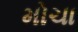
મોચા